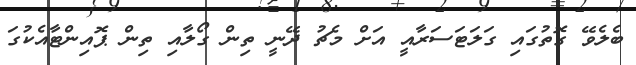
ބެލެވޭ ގޮތުގައި ގަލަޓަސަރާއީ އަށް މެޗު ދޭނީ ތިން ގޯލާއި ތިން ޕޮއިންޓާއެކުގަ